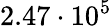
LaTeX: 2.47\cdot 10^{5}